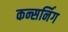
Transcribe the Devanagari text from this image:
कन्सर्निग